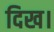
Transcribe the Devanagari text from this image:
दिख।